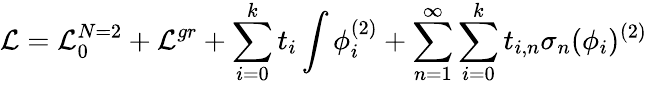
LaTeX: {\cal L}={\cal L}_{0}^{N=2}+{\cal L}^{gr}+\sum_{i=0}^{k}t_{i}\int\phi_{i}^{(2)}+\sum_{n=1}^{\infty}\sum_{i=0}^{k}t_{i,n}\sigma_{n}(\phi_{i})^{(2)}